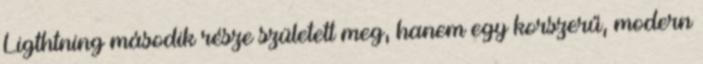
Ligthtning második része született meg, hanem egy korszerű, modern